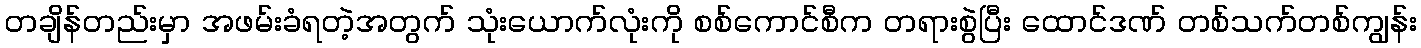
တချိန်တည်းမှာ အဖမ်းခံရတဲ့အတွက် သုံးယောက်လုံးကို စစ်ကောင်စီက တရားစွဲပြီး ထောင်ဒဏ် တစ်သက်တစ်ကျွန်း